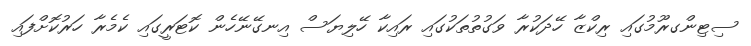
ސިޓިންގރޫމުގައި ރިކްޒާ ހޭދަކުރާ ވަގުތުތަކުގައި ރައިކާ ހޭލިޔަސް އިނގޭނޭހެން ކޮޓަރީގައި ކެމެރާ ހަރުކޮށްފައި